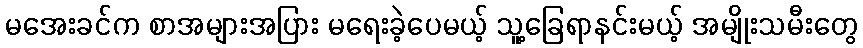
မအေးခင်က စာအများအပြား မရေးခဲ့ပေမယ့် သူ့ခြေရာနင်းမယ့် အမျိုးသမီးတွေ